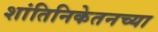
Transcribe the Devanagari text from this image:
शांतिनिकेतनच्या